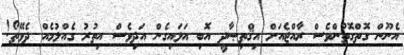
އެނޫން ގޮތްގޮތުންވެސް ރާއްޖެއަށް އިޤްތިޞާދީ އޮބި އަޅައިގެން އަދިވެސް އިތުރު ގެއްލުމެއް ދެވޭތޯ!